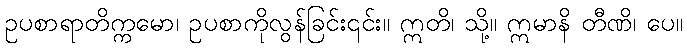
ဥပစာရာတိက္ကမော၊ ဥပစာကိုလွန်ခြင်း၎င်း။ ဣတိ၊ သို့။ ဣမာနိ တီဏိ၊ ပေ။